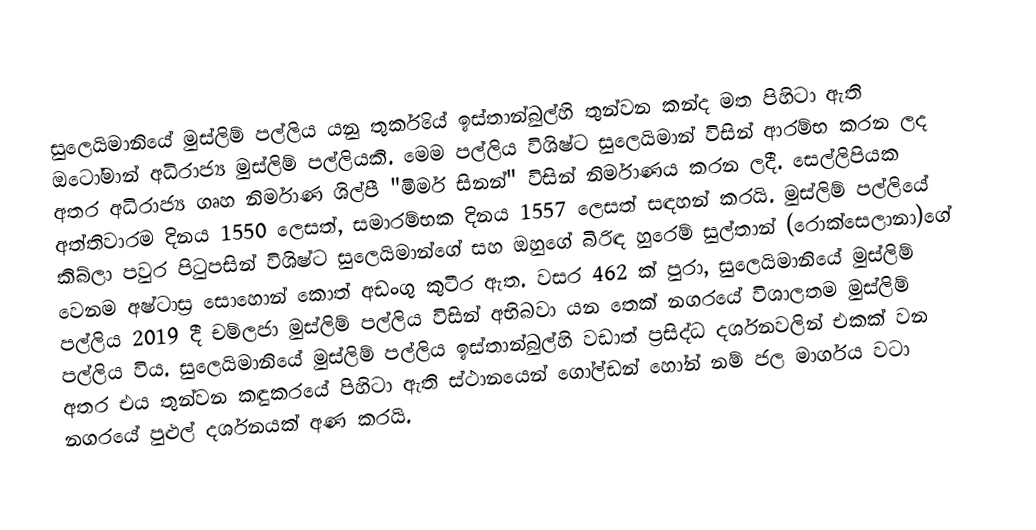
සුලෙයිමානියේ මුස්ලිම් පල්ලිය  යනු තුර්කියේ ඉස්තාන්බුල්හි තුන්වන කන්ද මත පිහිටා ඇති ඔටෝමාන් අධිරාජ්‍ය මුස්ලිම් පල්ලියකි. මෙම පල්ලිය විශිෂ්ට සුලෙයිමාන් විසින් ආරම්භ කරන ලද අතර අධිරාජ්‍ය ගෘහ නිර්මාණ ශිල්පී "මිමර් සිනන්" විසින් නිර්මාණය කරන ලදී. සෙල්ලිපියක අත්තිවාරම දිනය 1550 ලෙසත්, සමාරම්භක දිනය 1557 ලෙසත් සඳහන් කරයි. මුස්ලිම් පල්ලියේ කිබ්ලා පවුර පිටුපසින් විශිෂ්ට සුලෙයිමාන්ගේ සහ ඔහුගේ බිරිඳ හුරෙම් සුල්තාන් (රොක්සෙලානා)ගේ වෙනම අෂ්ටාස්‍ර සොහොන් කොත් අඩංගු කුටීර ඇත. වසර 462 ක් පුරා, සුලෙයිමානියේ මුස්ලිම් පල්ලිය 2019 දී චම්ලජා මුස්ලිම් පල්ලිය විසින් අභිබවා යන තෙක් නගරයේ විශාලතම මුස්ලිම් පල්ලිය විය. සුලෙයිමානියේ මුස්ලිම් පල්ලිය ඉස්තාන්බුල්හි වඩාත් ප්‍රසිද්ධ දර්ශනවලින් එකක් වන අතර එය තුන්වන කඳුකරයේ පිහිටා ඇති ස්ථානයෙන් ගෝල්ඩන් හෝන් නම් ජල මාර්ගය වටා නගරයේ පුළුල් දර්ශනයක් අණ කරයි.